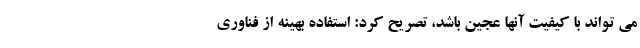
می تواند با کیفیت آنها عجین باشد، تصریح کرد: استفاده بهینه از فناوری